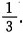
\frac{1}{3}.